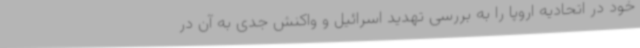
خود در اتحادیه اروپا را به بررسی تهدید اسرائیل و واکنش جدی به آن در